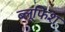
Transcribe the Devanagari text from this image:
ब्लूफिश